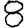
Digit: 8